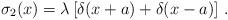
LaTeX: \begin{align*}\sigma_2(x)=\lambda\left[\delta(x+a)+\delta(x-a)\right]\,.\end{align*}